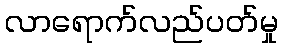
လာရောက်လည်ပတ်မှု